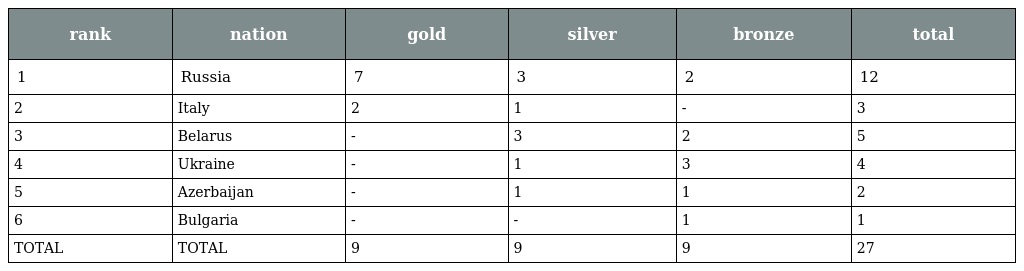
| rank | nation | gold | silver | bronze | total |
 | --- | --- | --- | --- | --- | --- |
 | 1 | Russia | 7 | 3 | 2 | 12 |
 | 2 | Italy | 2 | 1 | - | 3 |
 | 3 | Belarus | - | 3 | 2 | 5 |
 | 4 | Ukraine | - | 1 | 3 | 4 |
 | 5 | Azerbaijan | - | 1 | 1 | 2 |
 | 6 | Bulgaria | - | - | 1 | 1 |
 | TOTAL | TOTAL | 9 | 9 | 9 | 27 |